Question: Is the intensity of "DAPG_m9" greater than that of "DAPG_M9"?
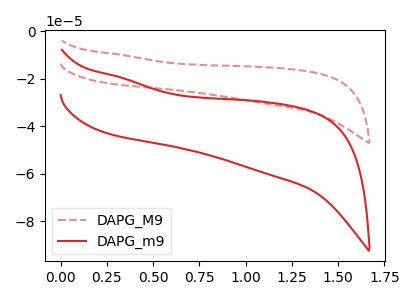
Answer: <think>The red dashed curve "DAPG_M9" has no peaks. The red curve "DAPG_m9" has no peaks.
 Neither "DAPG_m9" or "DAPG_M9" have any peaks.</think>
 <answer>I cant tell if "DAPG_m9" or "DAPG_M9" has more signal.</answer>
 <eval>mixed_signal</eval>